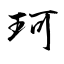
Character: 珂